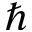
\hbar